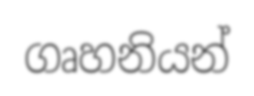
ගෘහනියන්